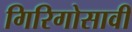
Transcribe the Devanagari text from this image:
गिरिगोसावी